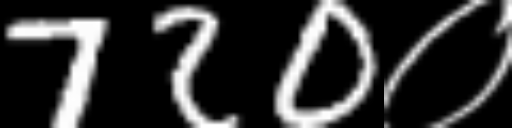
Text: 720०